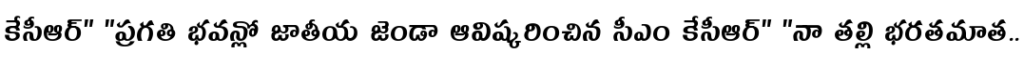
కేసీఆర్" "ప్రగతి భవన్లో జాతీయ జెండా ఆవిష్కరించిన సీఎం కేసీఆర్" "నా తల్లి భరతమాత..